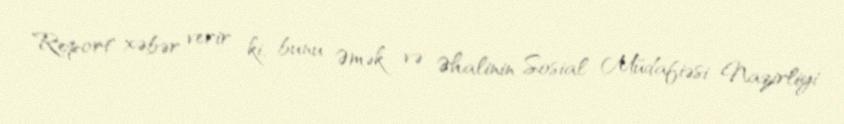
Report" xəbər verir ki, bunu Əmək və Əhalinin Sosial Müdafiəsi Nazirliyi